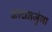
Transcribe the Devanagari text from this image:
कांचनजुंगा